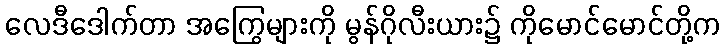
လေဒီဒေါက်တာ အကြွေများကို မွန်ဂိုလီးယား၌ ကိုမောင်မောင်တို့က